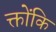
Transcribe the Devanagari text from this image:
क्तोंकि